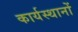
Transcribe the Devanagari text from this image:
कार्यस्थानों